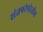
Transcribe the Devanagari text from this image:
संतपरंपरेतील